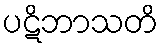
ပဋိဘာသတိ